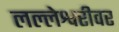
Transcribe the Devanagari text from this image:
लल्लेश्वरीवर